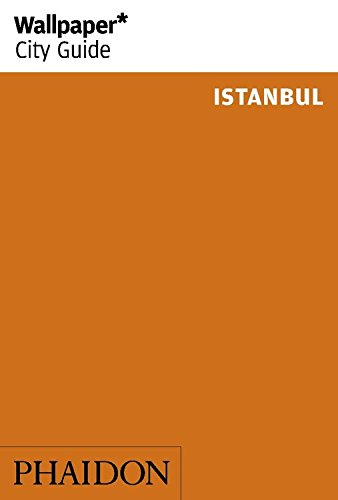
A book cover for Wallpaper* City Guide Istanbul 2015 (Wallpaper City Guides); Travel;